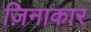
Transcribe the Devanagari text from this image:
ज़िनाकार